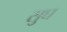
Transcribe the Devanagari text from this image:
सुघ